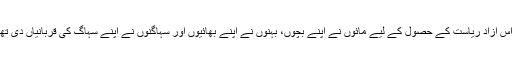
کیا اس آزاد ریاست کے حصول کے لیے مائوں نے اپنے بچوں، بہنوں نے اپنے بھائیوں اور سہاگنوں نے اپنے سہاگ کی قربانیاں دی تھیں ۔